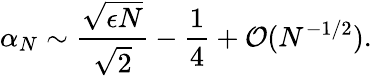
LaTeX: \alpha_{N}\sim\frac{\sqrt{\epsilon N}}{\sqrt{2}}-\frac{1}{4}+{\cal O}(N^{-1/2}).